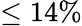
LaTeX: \leq 14\%